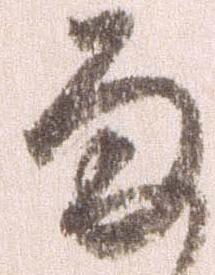
雨